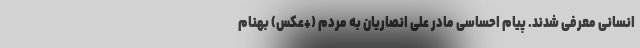
انسانی معرفی شدند. پیام احساسی مادر علی انصاریان به مردم (+عکس) بهنام